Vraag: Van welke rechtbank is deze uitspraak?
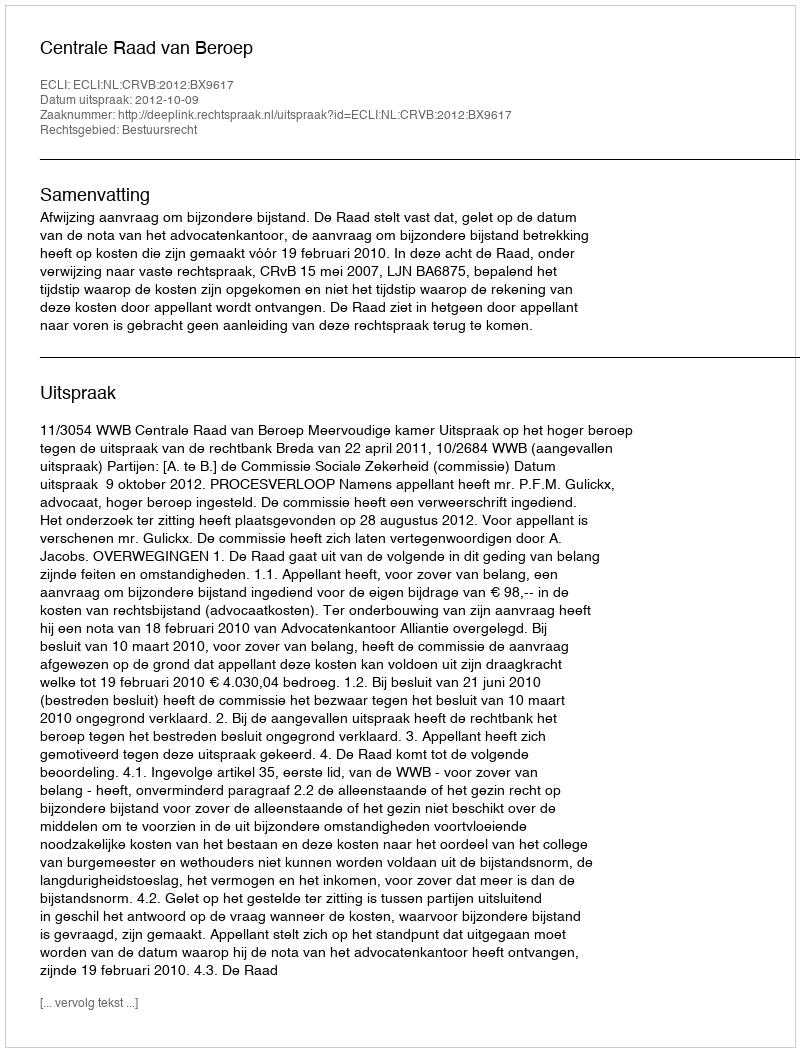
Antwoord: Centrale Raad van Beroep